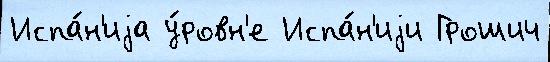
Испа́н'иjа у́ровн'е Испа́н'иjи Грошич